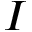
I